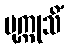
ပုက္ကုသိံ